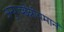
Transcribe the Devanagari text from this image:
अनुगच्छेन्नीयमानं